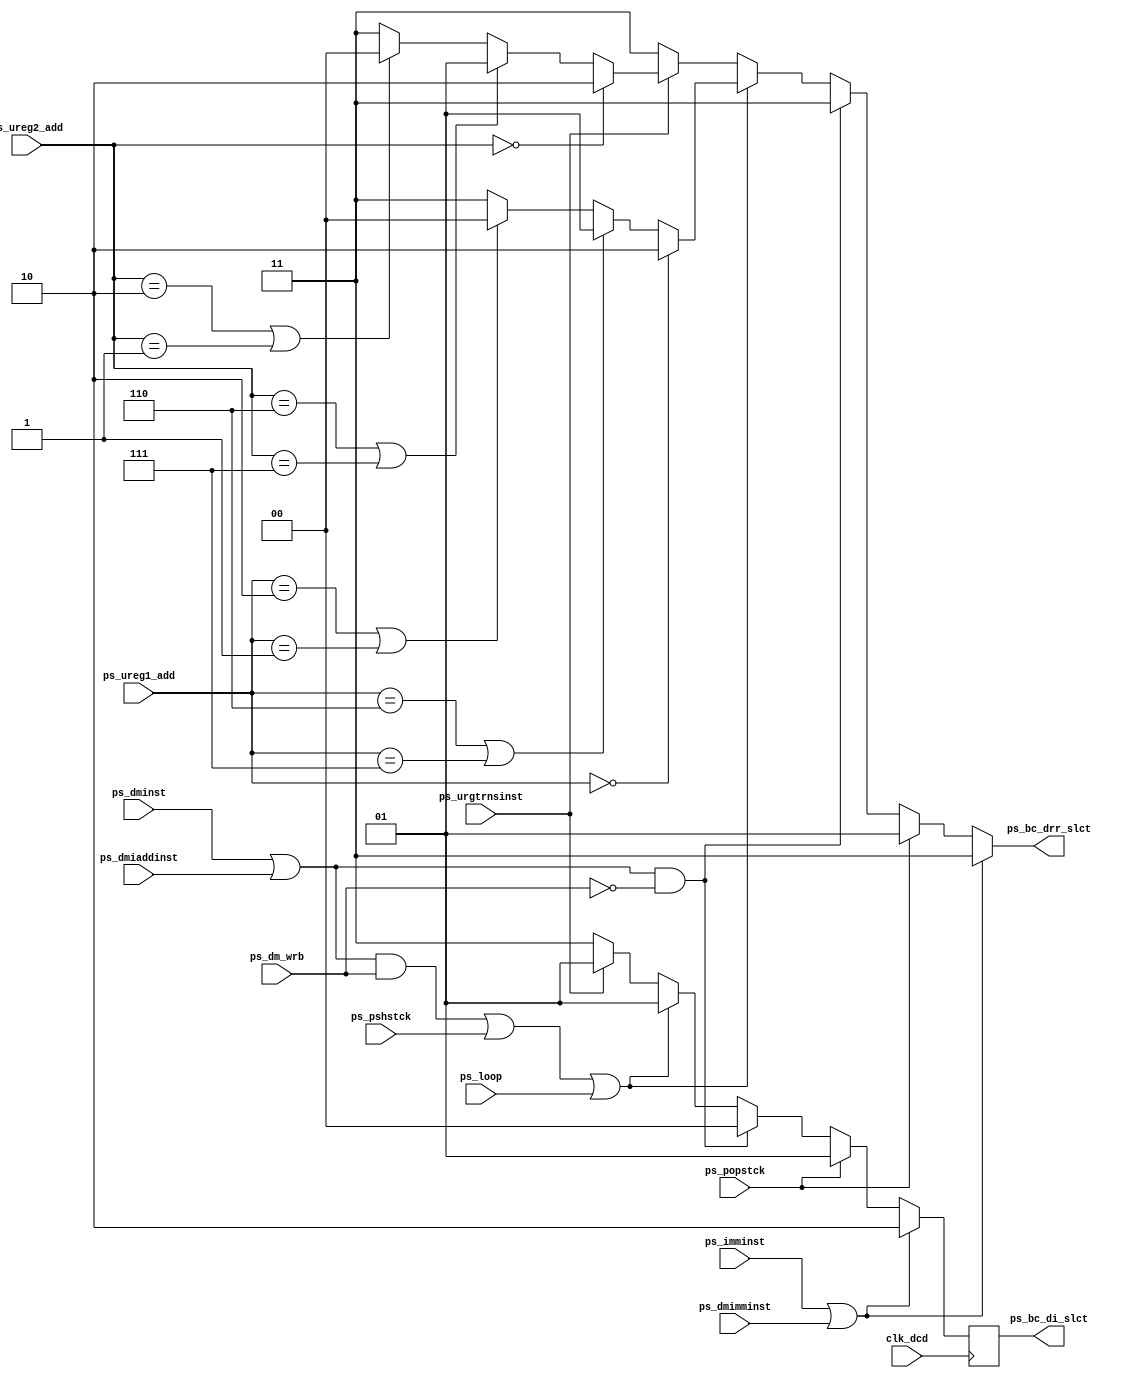
module bc_slct_cntrl(clk_dcd,ps_pshstck,ps_popstck,ps_imminst,ps_dmimminst,ps_dmiaddinst,ps_dminst,ps_urgtrnsinst,ps_loop,ps_dm_wrb,ps_ureg1_add,ps_ureg2_add,ps_bc_drr_slct,ps_bc_di_slct);

input clk_dcd,ps_pshstck,ps_popstck,ps_imminst,ps_dmimminst,ps_dmiaddinst,ps_dminst,ps_urgtrnsinst,ps_loop,ps_dm_wrb;
input[3:0] ps_ureg1_add,ps_ureg2_add;
output[1:0] ps_bc_drr_slct;
output[1:0] ps_bc_di_slct;

reg[1:0] ps_bc_drr_slct;
reg[1:0] ps_di_slct,ps_bc_di_slct;

always @(*) begin

	if(ps_imminst|ps_dmimminst) begin

		ps_di_slct= 2'b10;
		ps_bc_drr_slct= 2'b11;

	end else if(ps_popstck) begin

		ps_di_slct= 2'b01;
		ps_bc_drr_slct= 2'b01;

	end else if((ps_dminst | ps_dmiaddinst) & !ps_dm_wrb) begin

		ps_bc_drr_slct= 2'b11;   
		ps_di_slct= 2'b00;

	end else if(((ps_dminst | ps_dmiaddinst) & ps_dm_wrb) | ps_pshstck | ps_loop) begin

		if(ps_ureg1_add==4'h0) begin
			ps_bc_drr_slct= 2'b10;	
		end else if((ps_ureg1_add==4'b0110) | (ps_ureg1_add==4'b0111)) begin
			ps_bc_drr_slct= 2'b01;	
		end else if((ps_ureg1_add==4'b0010) | (ps_ureg1_add==4'b0001)) begin
			ps_bc_drr_slct= 2'b0;
		end else begin
			ps_bc_drr_slct= 2'b11;
		end	
		ps_di_slct= 2'b01;

	end else if(ps_urgtrnsinst) begin
	
		if(ps_ureg2_add==4'h0) begin
			ps_bc_drr_slct= 2'b10;
		end else if((ps_ureg2_add==4'b0110) | (ps_ureg2_add==4'b0111)) begin
			ps_bc_drr_slct= 2'b01;	
		end else if((ps_ureg2_add==4'b0010) | (ps_ureg2_add==4'b0001)) begin
			ps_bc_drr_slct= 2'b0;	
		end else begin
			ps_bc_drr_slct= 2'b11;
		end
		ps_di_slct= 2'b01;

       	end else begin
	
		ps_di_slct= 2'b11;
		ps_bc_drr_slct= 2'b11;

	end

end

always @ (posedge clk_dcd) begin

	ps_bc_di_slct<= ps_di_slct;

end

endmodule